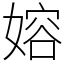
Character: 嫆